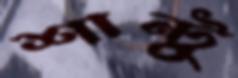
শান্টু